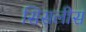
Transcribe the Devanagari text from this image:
सिसलीस